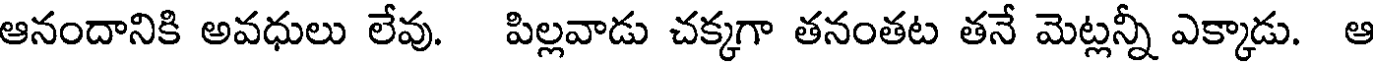
ఆనందానికి అవధులు లేవు. పిల్లవాడు చక్కగా తనంతట తనే మెట్లన్నీ ఎక్కాడు. ఆ